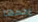
رحمها